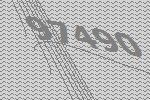
97490